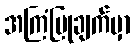
အကြံပြုချက်မှာ